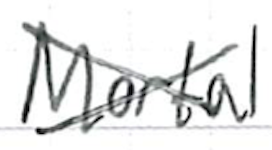
Text: Mortal
Cross-out: cross
Writing tool: ballpoint